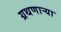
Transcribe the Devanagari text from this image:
ग्रथणाऱ्या